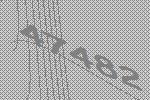
47482